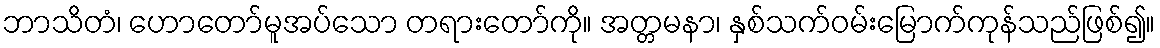
ဘာသိတံ၊ ဟောတော်မူအပ်သော တရားတော်ကို။ အတ္တမနာ၊ နှစ်သက်ဝမ်းမြောက်ကုန်သည်ဖြစ်၍။